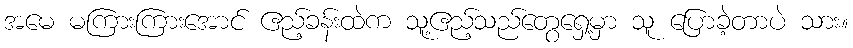
အမေ မကြားကြားအောင် ဧည့်ခန်းထဲက သူ့ဧည့်သည်တွေရှေ့မှာ သူ ပြောခဲ့တာပဲ သား။